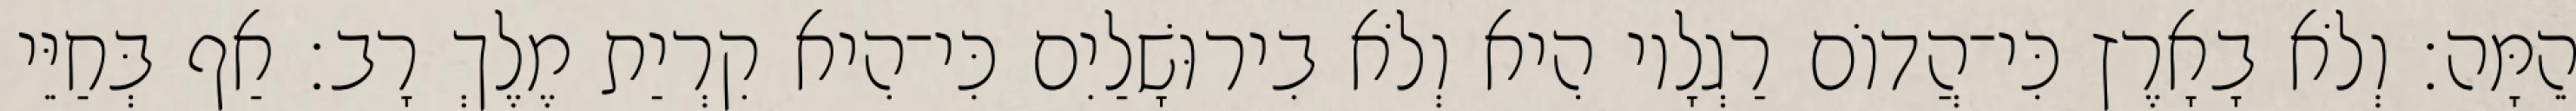
הֵמָּה׃ וְלֹא בָאָרֶץ כִּי־הֲדוֹם רַגְלָיו הִיא וְלֹא בִירוּשָׁלַיִם כִּי־הִיא קִרְיַת מֶלֶךְ רָב׃ אַף בְּחַיֵּי